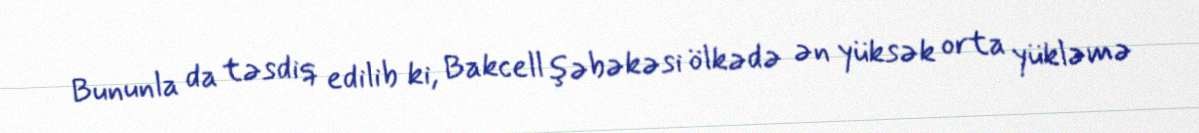
Bununla da təsdiq edilib ki, Bakcell şəbəkəsi ölkədə ən yüksək orta yükləmə